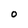
Character: o